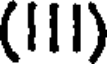
(III)